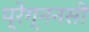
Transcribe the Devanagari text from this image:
प्रेग्ननसी